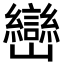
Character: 巒